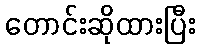
တောင်းဆိုထားပြီး